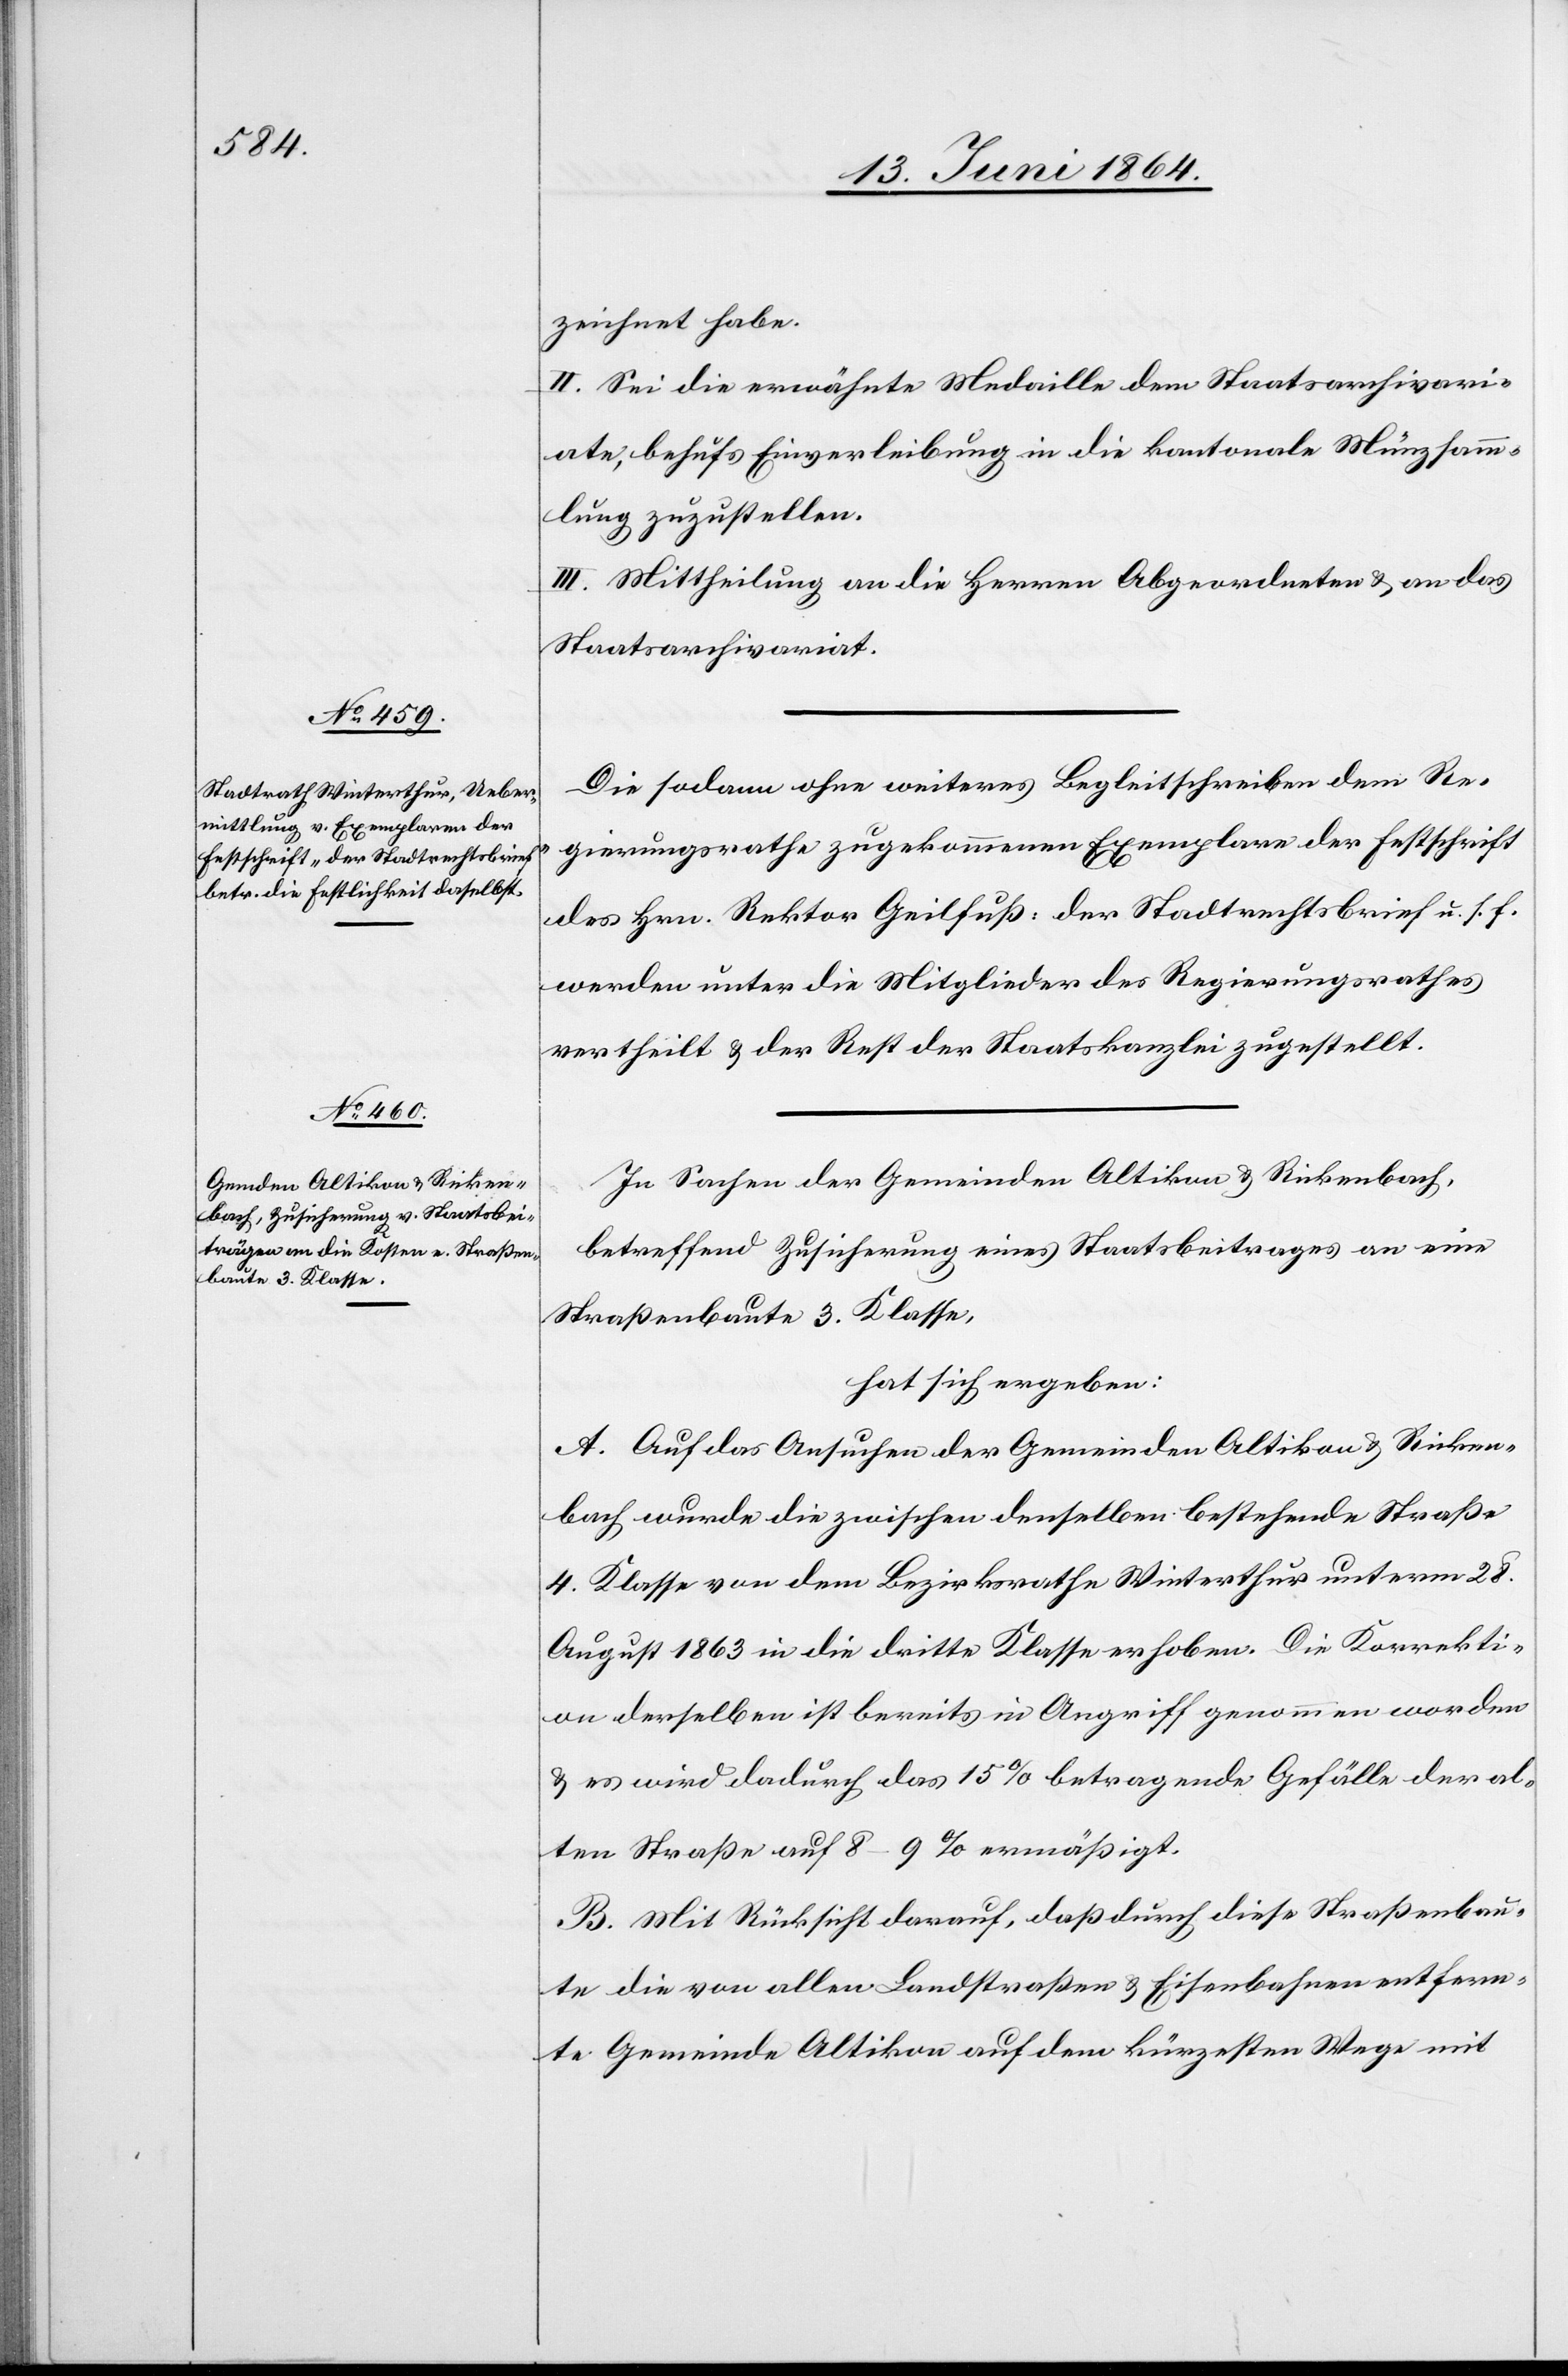
zeichnet habe.
II. Sei die erwähnte Medaille dem Staatsarchivari¬
ate, behufs Einverleibung in die kantonale Münzsamm¬
lung zuzustellen.
III. Mittheilung an die Herren Abgeordneten u. an das
Staatsarchivariat.
Die sodann ohne weiteres Begleitschreiben dem Re¬
gierungsrathe zugekommenen Exemplare der Festschrift
des Hrn. Rektor Geilfuß: Der Stadtrechtsbrief u. s. f.
werden unter die Mitglieder des Regierungsrathes
vertheilt u. der Rest der Staatskanzlei zugestellt.
In Sachen der Gemeinden Altikon u. Rickenbach,
betreffend Zusicherung eines Staatsbeitrages an eine
Straßenbaute 3. Klasse,
hat sich ergeben:
A. Auf das Ansuchen der Gemeinden Altikon u. Ricken¬
bach wurde die zwischen denselben bestehende Straße
4. Klasse von dem Bezirksrathe Winterthur unterm 28.
August 1863 in die dritte Klasse erhoben. Die Korrekti¬
on derselben ist bereits in Angriff genommen worden
u. es wird dadurch das 15% betragende Gefälle der al¬
ten Straße auf 8–9% ermäßigt.
B. Mit Rücksicht darauf, daß durch diese Straßenbau¬
te die von allen Landstraßen u. Eisenbahnen entfern¬
te Gemeinde Altikon auf dem kürzesten Wege mit